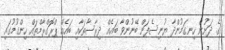
ގެ ދަށުން ހިނގަމުންދާ ޔުނިސެފަށް ބޭނުންވާ ބައެއް ދިރާސާތަކާއި ބައެއް ޕްރޮގްރާމްތައް ހިންގުމުގައި